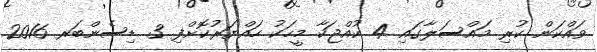
ވައްކަން ކުރި މައްސަލާގައި 4 ކުއްޖަކާ މީހަކު ހައްޔަރުކޮށްފި 3 ޑިސެންބަރ 2016